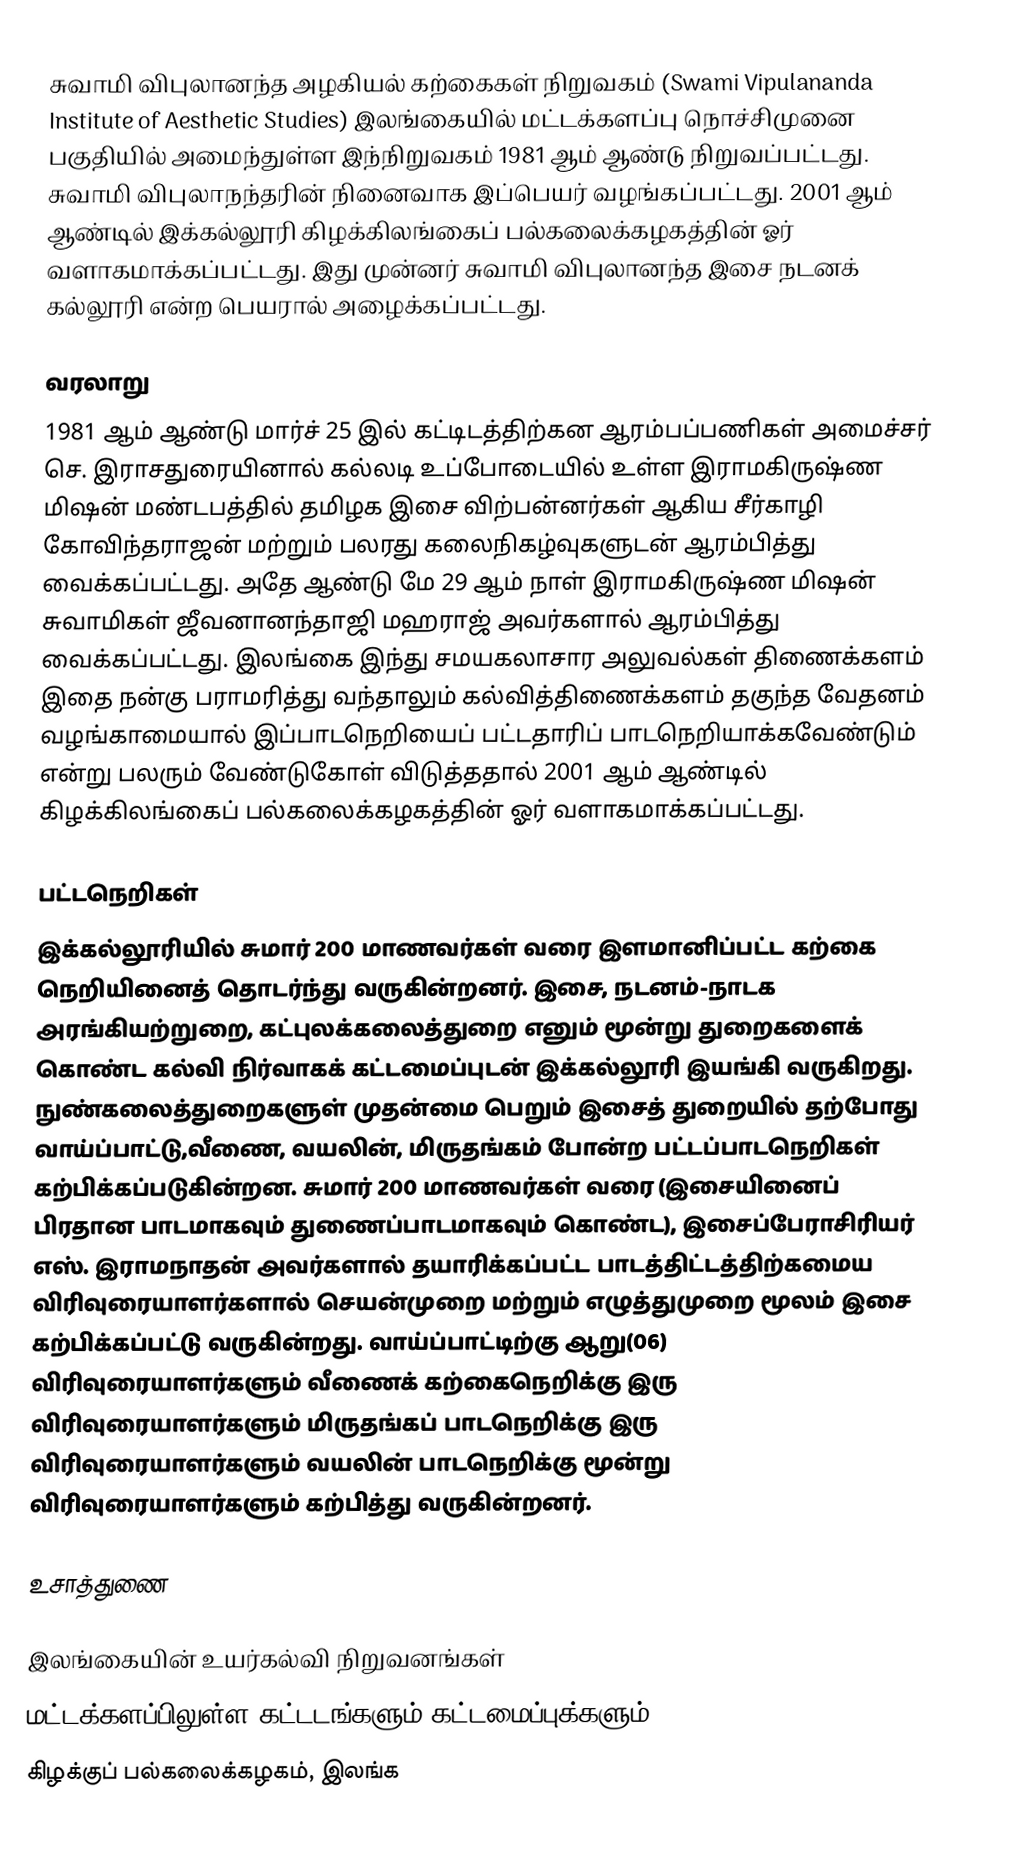
சுவாமி விபுலானந்த அழகியல் கற்கைகள் நிறுவகம் (Swami Vipulananda Institute of Aesthetic Studies) இலங்கையில் மட்டக்களப்பு நொச்சிமுனை பகுதியில் அமைந்துள்ள இந்நிறுவகம் 1981 ஆம் ஆண்டு நிறுவப்பட்டது. சுவாமி விபுலாநந்தரின் நினைவாக இப்பெயர் வழங்கப்பட்டது. 2001 ஆம் ஆண்டில் இக்கல்லூரி கிழக்கிலங்கைப் பல்கலைக்கழகத்தின் ஓர் வளாகமாக்கப்பட்டது. இது முன்னர் சுவாமி விபுலானந்த இசை நடனக் கல்லூரி என்ற பெயரால் அழைக்கப்பட்டது.

வரலாறு
1981 ஆம் ஆண்டு மார்ச் 25 இல் கட்டிடத்திற்கன ஆரம்பப்பணிகள் அமைச்சர் செ. இராசதுரையினால் கல்லடி உப்போடையில் உள்ள இராமகிருஷ்ண மிஷன் மண்டபத்தில் தமிழக இசை விற்பன்னர்கள் ஆகிய சீர்காழி கோவிந்தராஜன் மற்றும் பலரது கலைநிகழ்வுகளுடன் ஆரம்பித்து வைக்கப்பட்டது. அதே ஆண்டு மே 29 ஆம் நாள் இராமகிருஷ்ண மிஷன் சுவாமிகள் ஜீவனானந்தாஜி மஹராஜ் அவர்களால் ஆரம்பித்து வைக்கப்பட்டது. இலங்கை இந்து சமயகலாசார அலுவல்கள் திணைக்களம் இதை நன்கு பராமரித்து வந்தாலும் கல்வித்திணைக்களம் தகுந்த வேதனம் வழங்காமையால் இப்பாடநெறியைப் பட்டதாரிப் பாடநெறியாக்கவேண்டும் என்று பலரும் வேண்டுகோள் விடுத்ததால் 2001 ஆம் ஆண்டில் கிழக்கிலங்கைப் பல்கலைக்கழகத்தின் ஓர் வளாகமாக்கப்பட்டது.

பட்டநெறிகள்
இக்கல்லூரியில் சுமார் 200 மாணவர்கள் வரை இளமானிப்பட்ட கற்கை நெறியினைத் தொடர்ந்து வருகின்றனர். இசை, நடனம்-நாடக அரங்கியற்றுறை, கட்புலக்கலைத்துறை எனும் மூன்று துறைகளைக் கொண்ட கல்வி நிர்வாகக் கட்டமைப்புடன் இக்கல்லூரி இயங்கி வருகிறது. நுண்கலைத்துறைகளுள் முதன்மை பெறும் இசைத் துறையில் தற்போது வாய்ப்பாட்டு,வீணை, வயலின், மிருதங்கம் போன்ற பட்டப்பாடநெறிகள் கற்பிக்கப்படுகின்றன. சுமார் 200 மாணவர்கள் வரை (இசையினைப் பிரதான பாடமாகவும் துணைப்பாடமாகவும் கொண்ட), இசைப்பேராசிரியர் எஸ். இராமநாதன் அவர்களால் தயாரிக்கப்பட்ட பாடத்திட்டத்திற்கமைய விரிவுரையாளர்களால் செயன்முறை மற்றும் எழுத்துமுறை மூலம் இசை கற்பிக்கப்பட்டு வருகின்றது. வாய்ப்பாட்டிற்கு ஆறு(06) விரிவுரையாளர்களும் வீணைக் கற்கைநெறிக்கு இரு விரிவுரையாளர்களும் மிருதங்கப் பாடநெறிக்கு இரு விரிவுரையாளர்களும் வயலின் பாடநெறிக்கு மூன்று விரிவுரையாளர்களும் கற்பித்து வருகின்றனர்.

உசாத்துணை

இலங்கையின் உயர்கல்வி நிறுவனங்கள்
மட்டக்களப்பிலுள்ள கட்டடங்களும் கட்டமைப்புக்களும்
கிழக்குப் பல்கலைக்கழகம், இலங்க